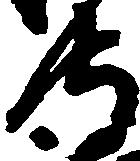
守